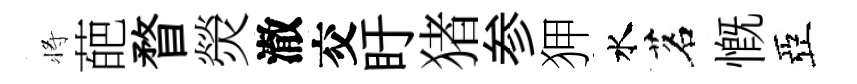
将葩瞀熒澈交盱猪参狎水茗慨亞